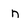
Character: n